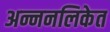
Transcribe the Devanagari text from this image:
अन्ननलिकेत